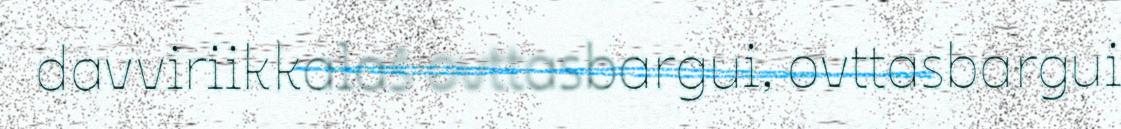
davviriikkalaš ovttasbargui, ovttasbargui